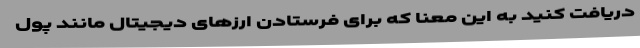
دریافت کنید به این معنا که برای فرستادن ارزهای دیجیتال مانند پول